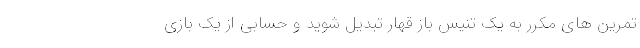
تمرین های مکرر به یک تنیس باز قهار تبدیل شوید و حسابی از یک بازی